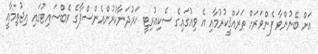
އަށް ބޭނުންވާ ފެންވަރަށް ތަރައްޤީކުރުމާއި އެ ވިއުގައިގެ ސެކިއުރިޓީ ހަރުދަނާކުރުންއެންސްޕާގެ ވެބްސައިޓުގައި އިޖުތިމާޢީ